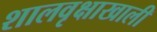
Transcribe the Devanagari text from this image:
शालवृक्षाखाली